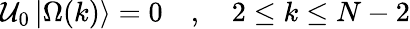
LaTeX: {\cal U}_{0}\left|\Omega(k)\right\rangle=0\quad,\quad 2\leq k\leq N-2